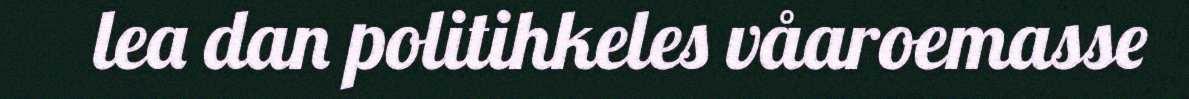
lea dan politihkeles våaroemasse